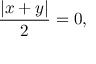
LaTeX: { \frac { | x + y | } { 2 } } = 0 ,